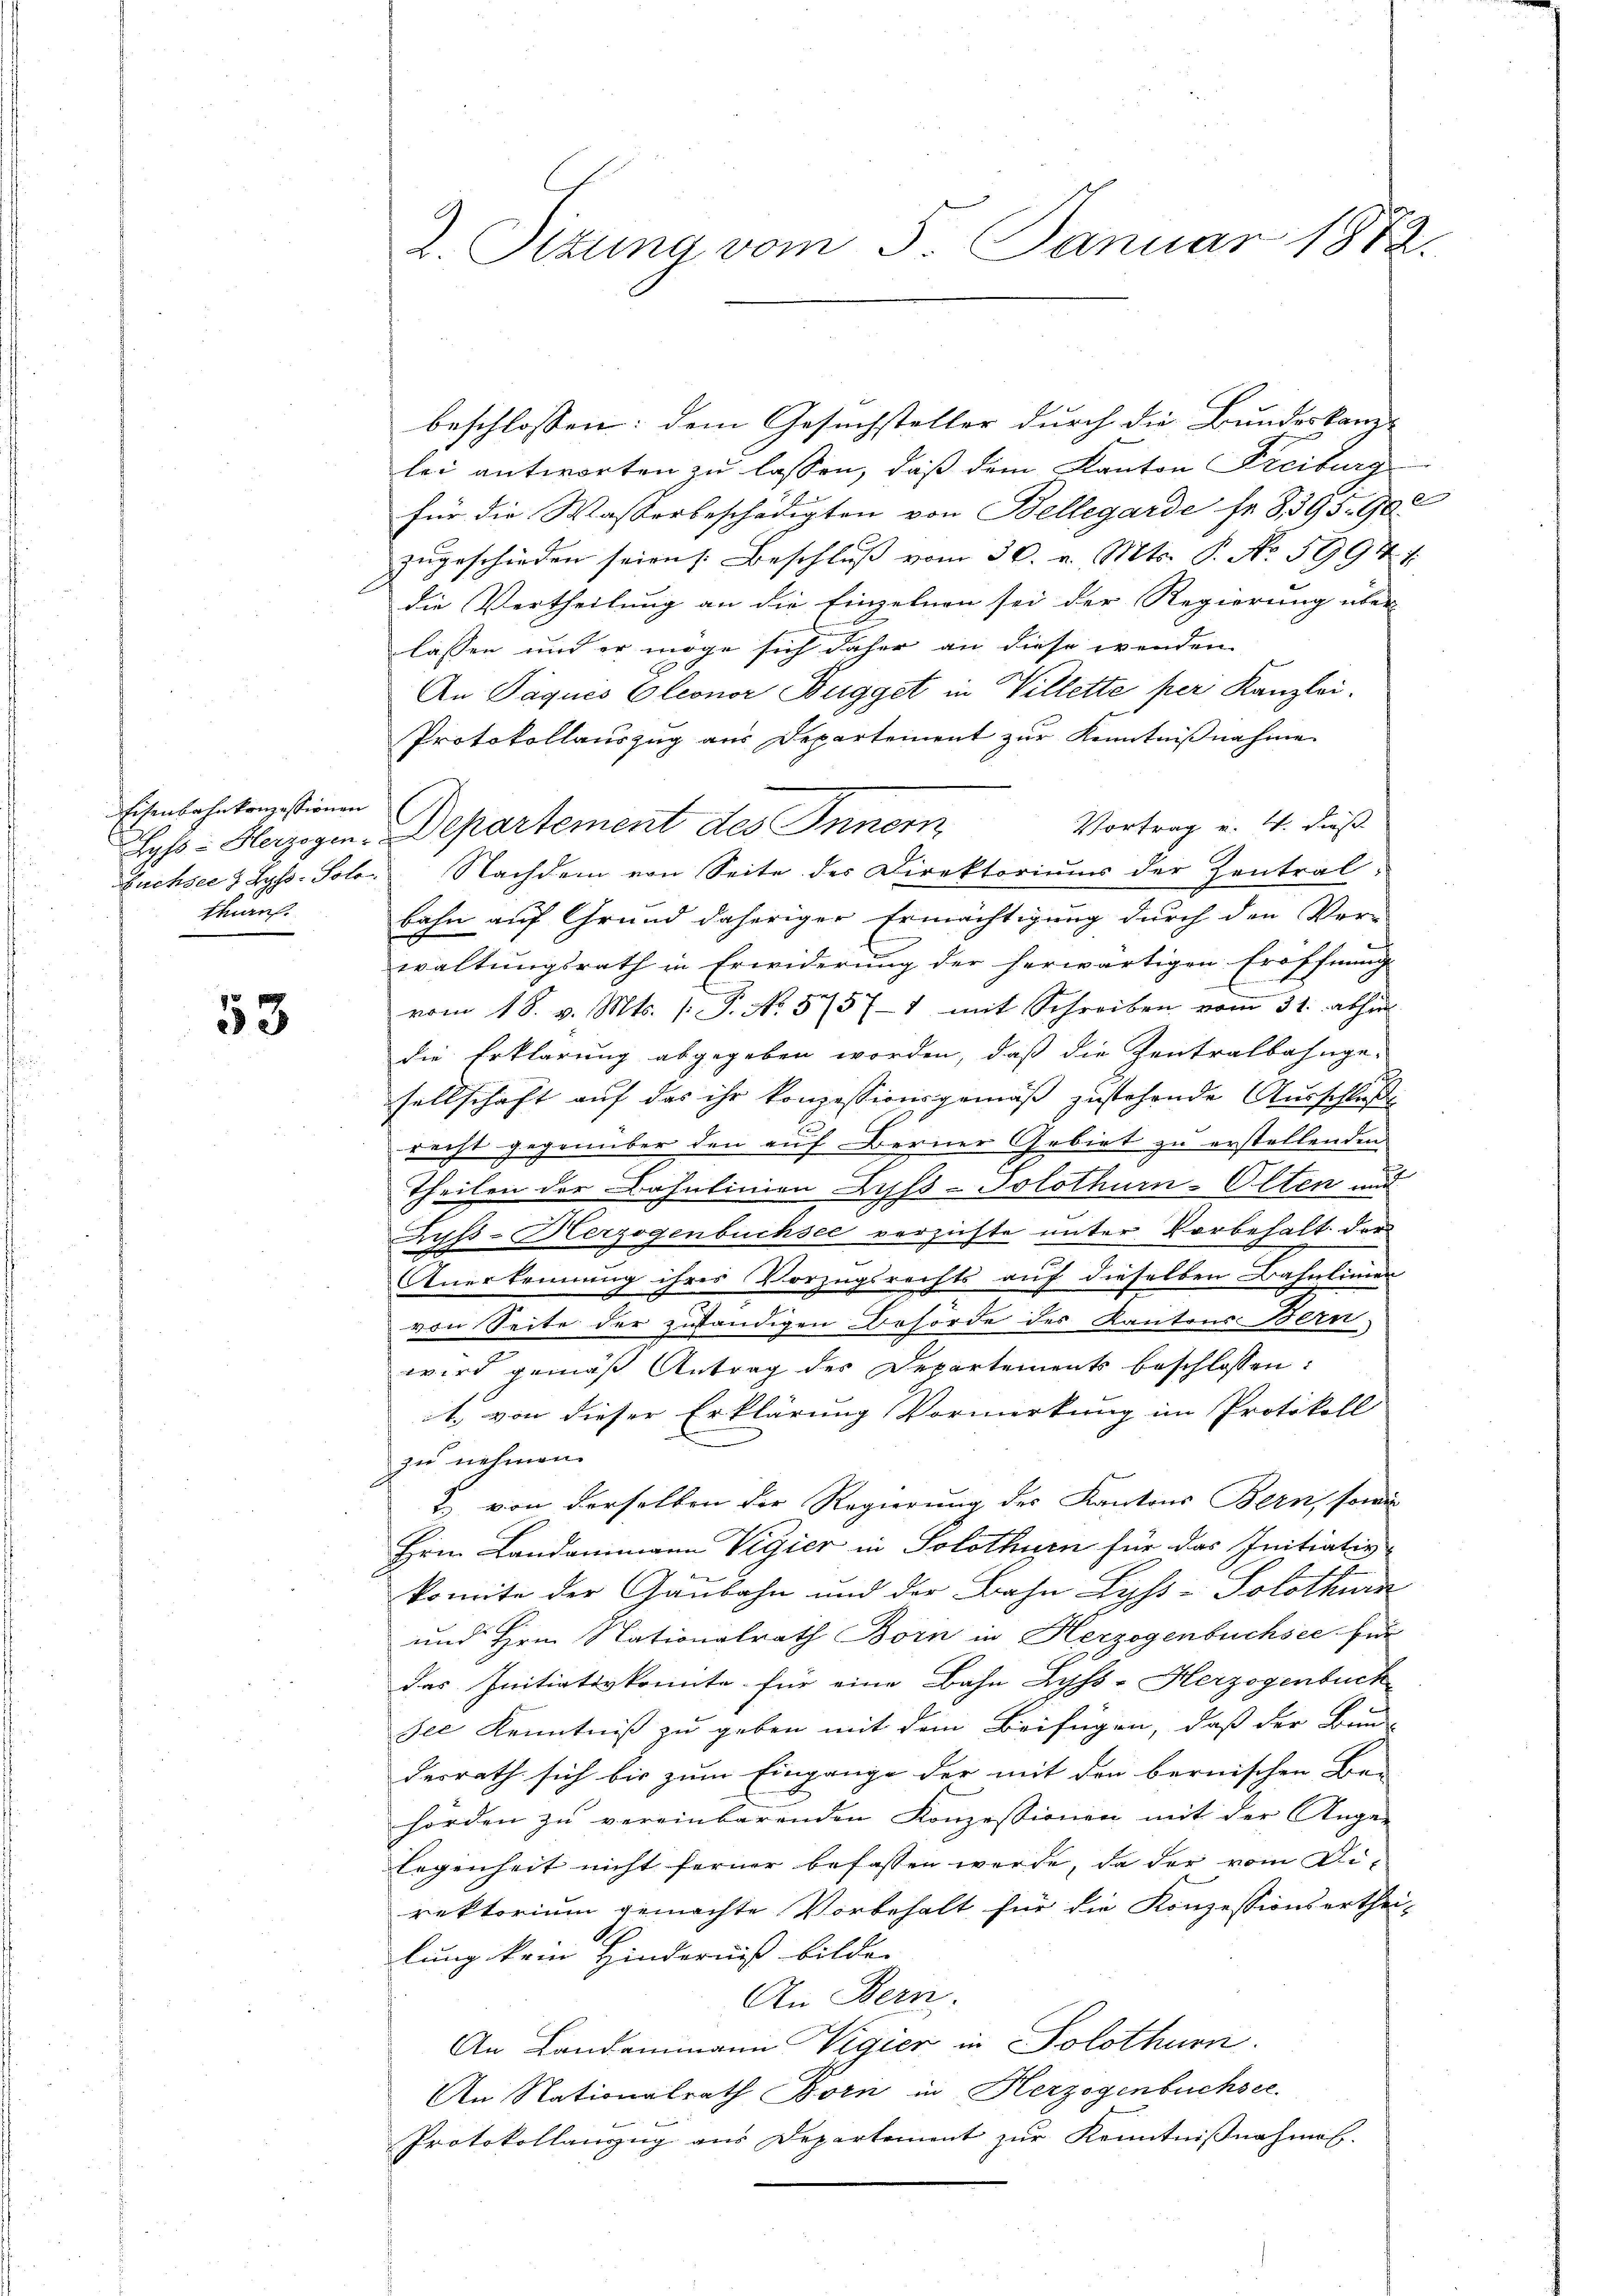
Eisenbahnkonzessionen
Thin.

53

beschlossen: dem Gesuchsteller durch die Bundeskanz-
lei antworten zu lassen, daß dem Kanton Freiburg
für die Wasserbeschädigten von Bellegarde fr. 8, 395. 900
zugeschieden seien /: Beschluß vom 30. v. Mts. P. No 5994. 1
die Vertheilung an die Einzelnen sei der Regierung über
lassen und er möge sich daher an diese wenden
An Paques Eleonor Wegget in Villette per Kanzlei.
Protokollauszug aus Departement zur Kenntnißnahme
Vortrag v. W. dieß
Lyss - Herzogen. Departement des Innern
Fuchsee z Lyss. Solo. Nachdem von Seite der Direktoriums der Zentral-
bahn auf Grund daheriger Ermächtigung durch den Ver-
waltungsrath in Erwiderung der herwärtigen Eröffnung
vom 18. v. Mts. (T. No 5757-1 mit Schreiben vom 31. abhin
die Erklärung abgegeben worden, daß die Zentralbahnge-
sellschaft auf das ihr konzessionsgemäß zustehende Ausschluß
recht gegenüber den auf Berner Gebiet zu erstellenden
Theilen der Bahnlinien Buss-Solothurn-Olten und
Ruß-Merzogenbüchsee verzichte unter Vorbehalt der
Anerkennung ihres Vorzugsrechts auf dieselben Bahnlinien
von Seite der zuständigen Behörde des Kantons Bern,
wird gemäß Antrag des Departements beschlossen:
1. von dieser Erklärung Vormerkung im Protokoll
zu nehmen.
2 von derselben der Regierung des Kantons Bern, sowie
Hrn. Landammann Vigier in Solothurn für das Initiativ
komite der Gaubahn und der Bahn Lyss - Solothurn
und Hrn. Stationalrath Born in Herzogenbuchsee für
das Initiativkomite für eine Bahn Zyss - Herzogenbuch
see Kenntniß zu geben mit dem Beifügen, daß der Bun-
desrath sich bis zum Eingange der mit den bernischen Ber
hörden zu vereinbarenden Konzessionen mit der Ange-
legenheit nicht ferner befassen werde, da der vom Di-
rektorium gemachte Vorbehalt für die Konzessionserthei-
lung kein Hinderniß bilde.
An Bern.
An Landammann Vigier in Solothurn
An Nationalrath Born in Herzogenbüchsee.
Protokollanzug aus Departement zur Kenntnißnahmen.

A. Sitzung vom 5. Januar 1882.